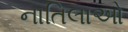
નાતિલાઓ